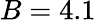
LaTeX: B=4.1